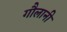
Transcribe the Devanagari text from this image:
गौलानी